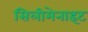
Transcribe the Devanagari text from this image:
सिलीमेनाइट